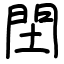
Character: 䦌